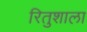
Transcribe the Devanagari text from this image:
रितुशाला